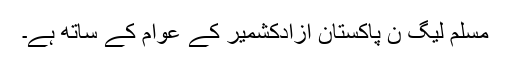
مسلم لیگ ن پاکستان آزادکشمیر کے عوام کے ساتھ ہے۔